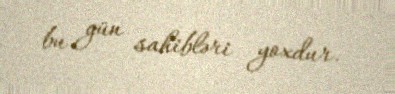
bu gün sahibləri yoxdur.